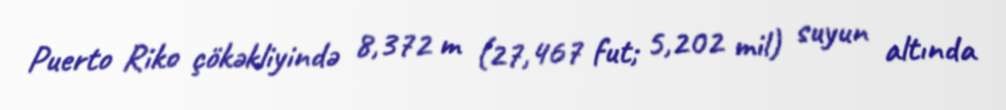
Puerto Riko çökəkliyində 8,372 m (27,467 fut; 5,202 mil) suyun altında